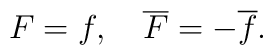
F=f,\quad \overline F=-\overline f.